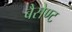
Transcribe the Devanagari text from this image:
बैसेण्ट